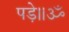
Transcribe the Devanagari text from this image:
पड़े॥ॐ